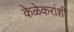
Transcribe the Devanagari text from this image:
केळेकरांशी